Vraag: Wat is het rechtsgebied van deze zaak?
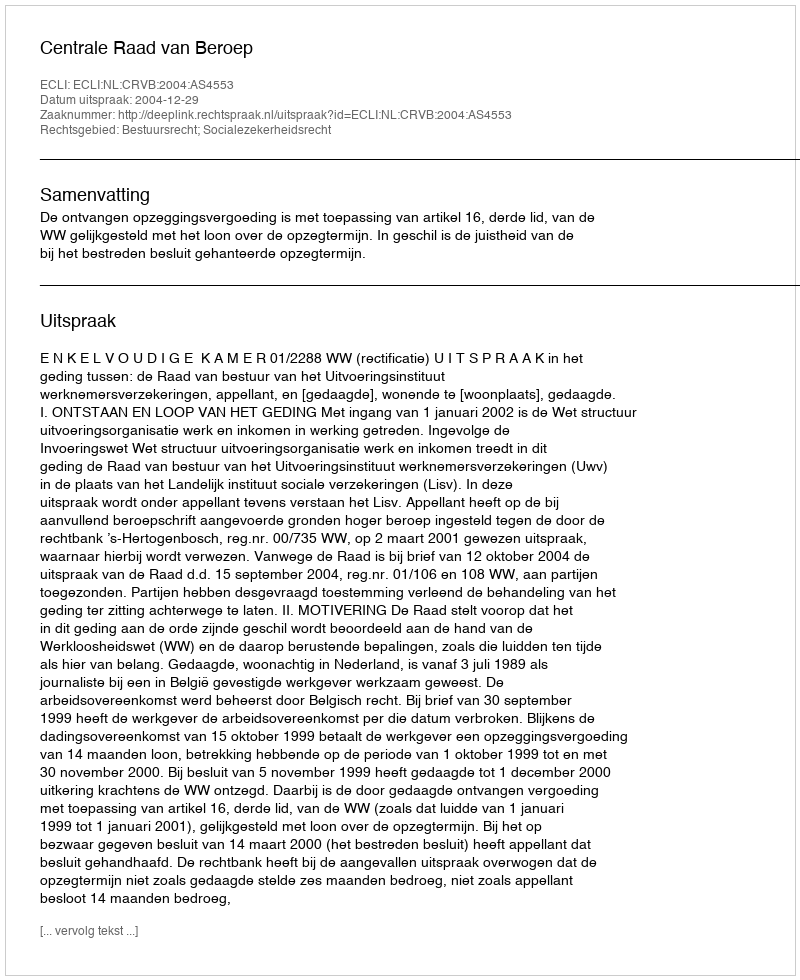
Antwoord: Bestuursrecht; Socialezekerheidsrecht